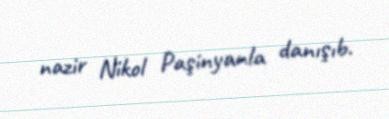
nazir Nikol Paşinyanla danışıb.